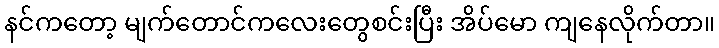
နင်ကတော့ မျက်တောင်ကလေးတွေစင်းပြီး အိပ်မော ကျနေလိုက်တာ။